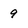
Character: 9